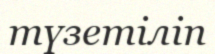
түзетіліп